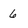
Character: 6